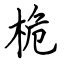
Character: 桅